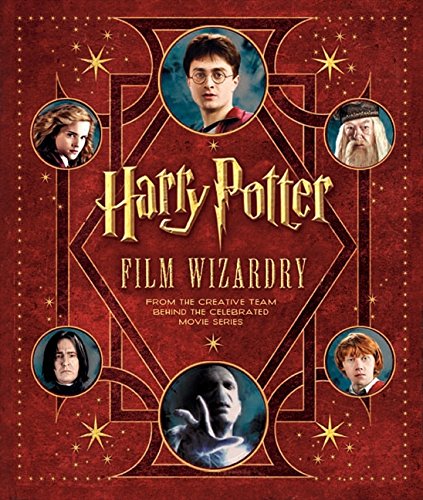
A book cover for Harry Potter Film Wizardry; Brian Sibley; Humor & Entertainment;